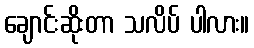
ချောင်းဆိုးတာ သလိပ် ပါလား။